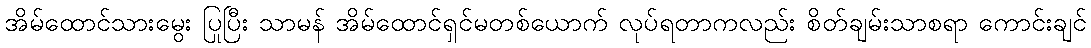
အိမ်ထောင်သားမွေး ပြုပြီး သာမန် အိမ်ထောင်ရှင်မတစ်ယောက် လုပ်ရတာကလည်း စိတ်ချမ်းသာစရာ ကောင်းချင်